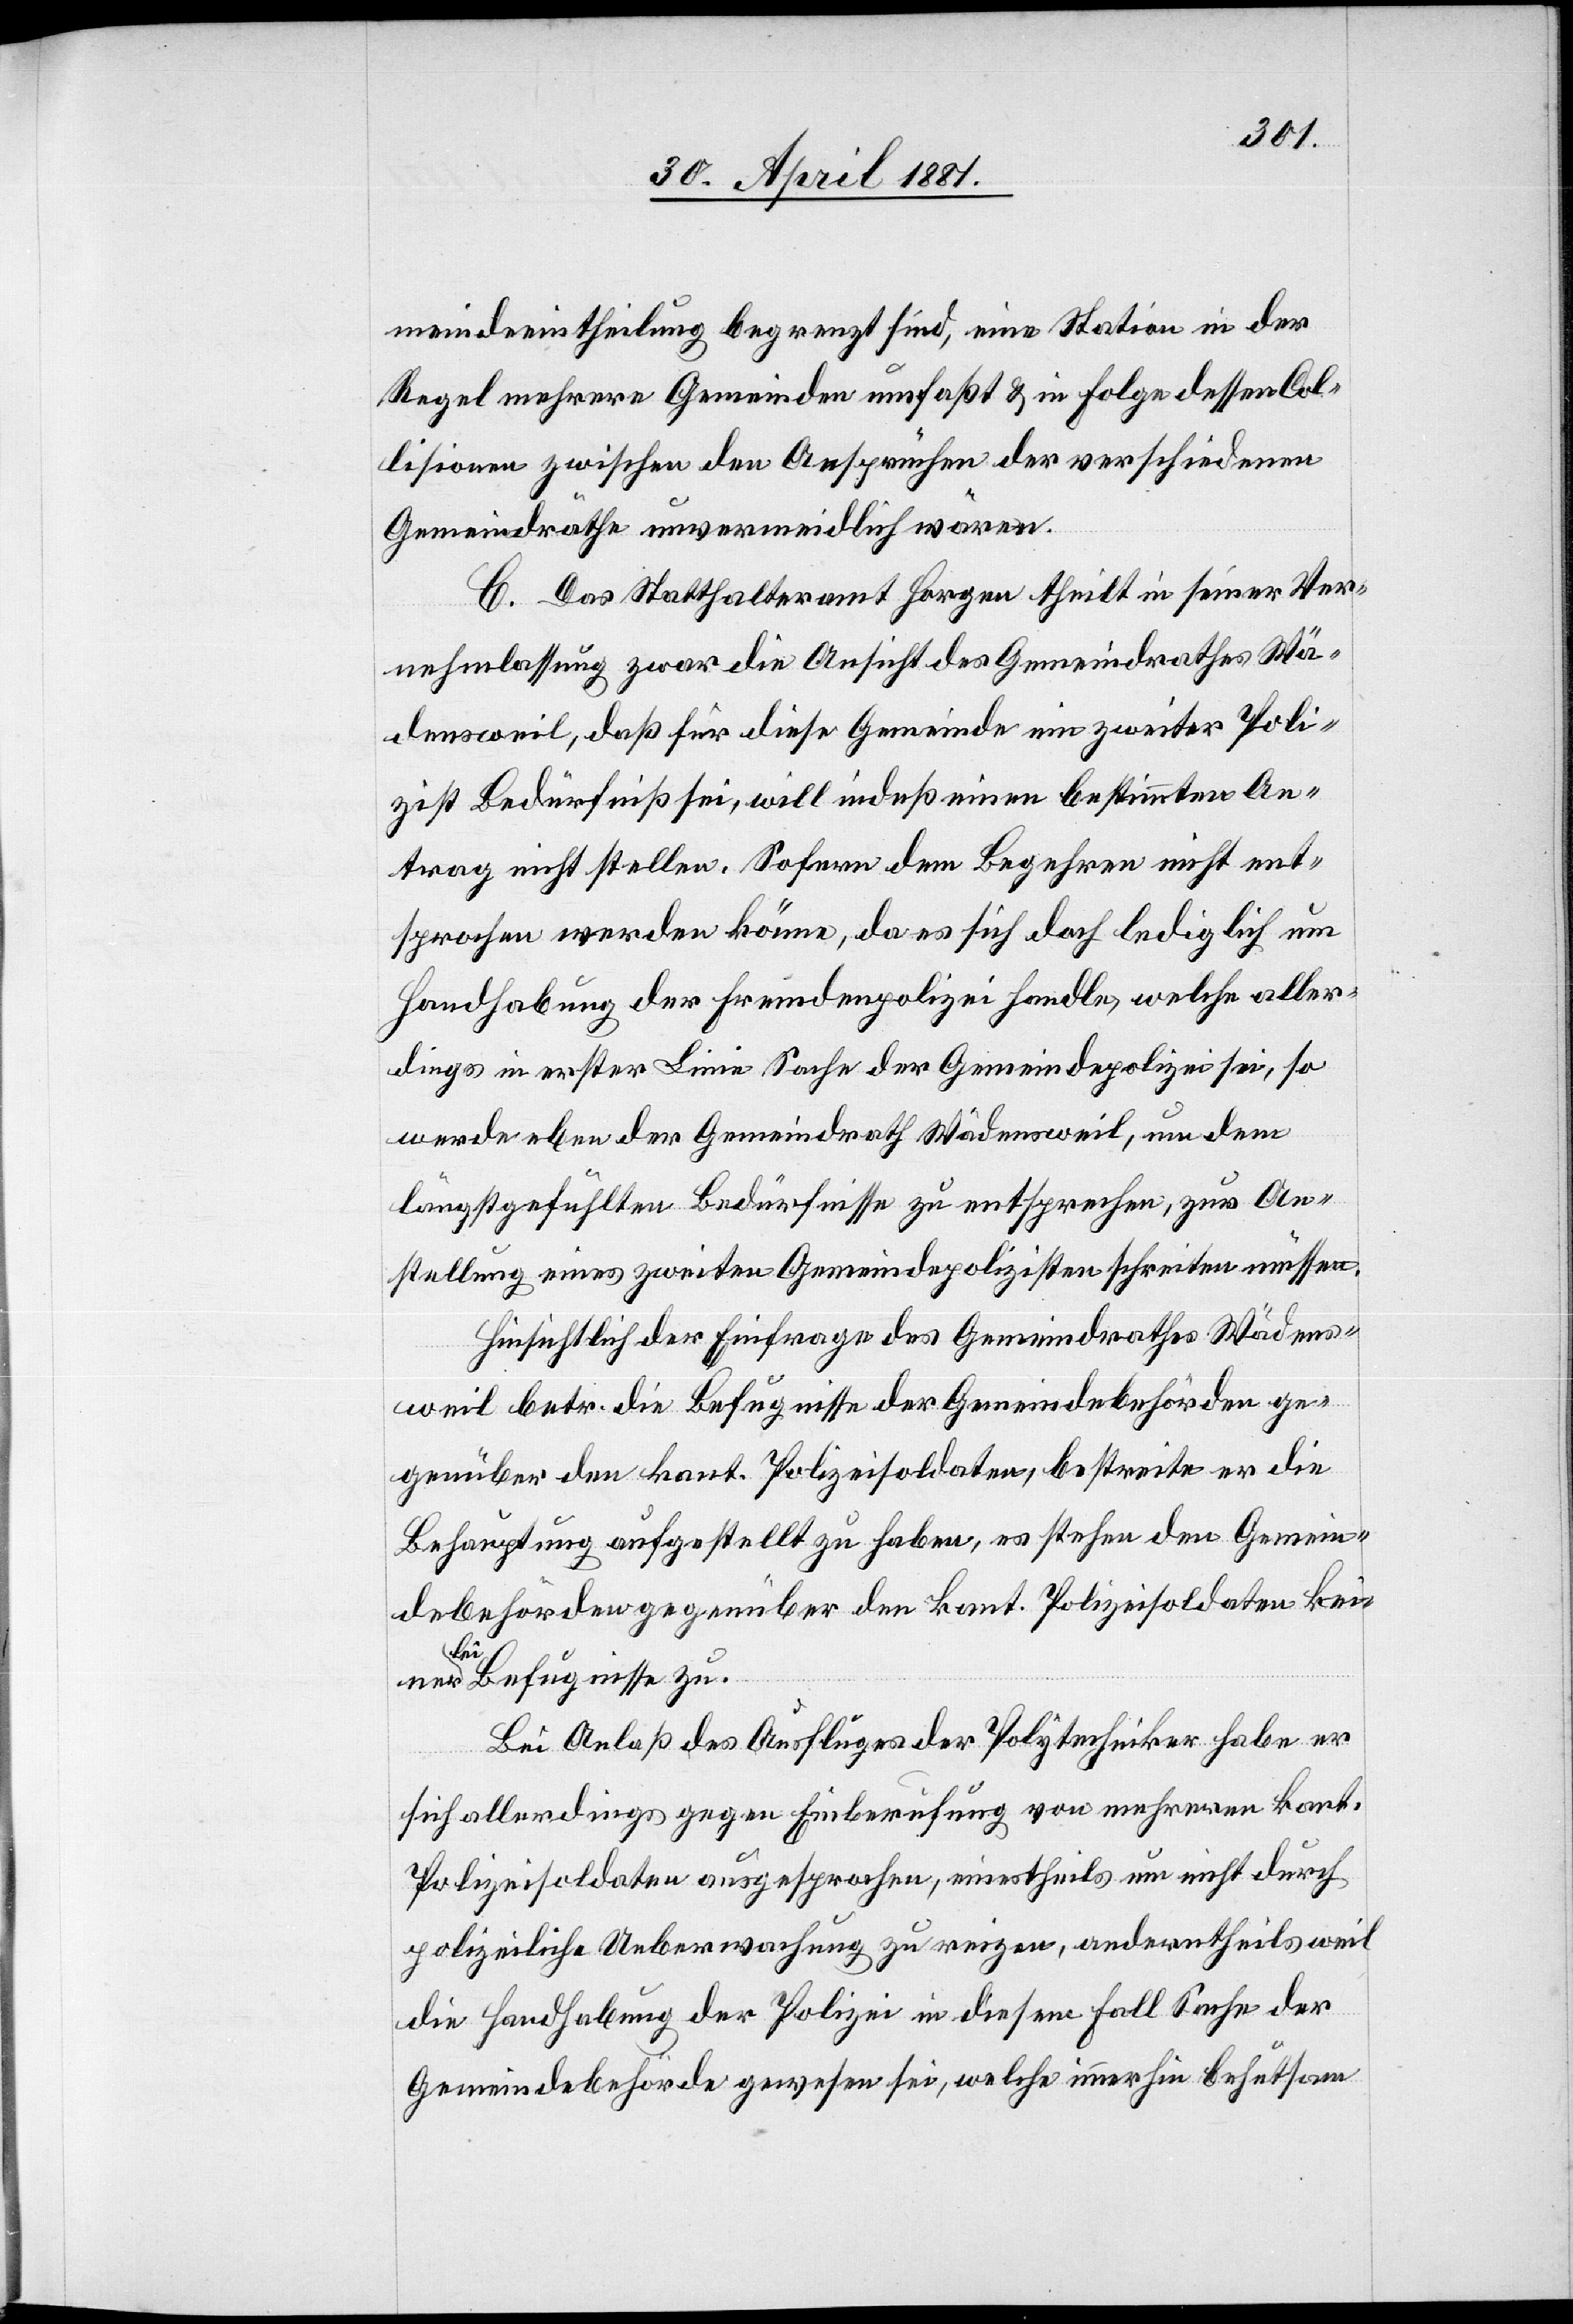
meindeeintheilung begrenzt sind, eine Station in der
Regel mehrere Gemeinden umfaßt & in Folge dessen Col¬
lisionen zwischen den Ansprüchen der verschiedenen
Gemeindräthe unvermeidlich wären.
C. Das Statthalteramt Horgen theilt in seiner Ver¬
nehmlassung zwar die Ansicht des Gemeindrathes Wä¬
densweil, daß für diese Gemeinde ein zweiter Poli¬
zist Bedürfniß sei, will indeß einen bestimmten An¬
trag nicht stellen. Sofern dem Begehren nicht ent¬
sprochen werden könne, da es sich doch lediglich um
Handhabung der Fremdenpolizei handle, welche aller¬
dings in erster Linie Sache der Gemeindepolizei sei, so
werde eben der Gemeindrath Wädensweil, um dem
längst gefühlten Bedürfnisse zu entsprechen, zur An¬
stellung eines zweiten Gemeindepolizisten schreiten müssen.
Hinsichtlich der Einfrage des Gemeindrathes Wädens¬
weil betr. die Befugnisse der Gemeindebehörden ge¬
genüber dem kant. Polizeisoldaten, bestreite er die
Behauptung angestellt zu haben, es stehe den Gemein¬
debehörden gegenüber den kant. Polizeisoldaten kei¬
nerlei Befugnisse zu.
Bei Anlaß des Ausfluges der Polytechniker habe er
sich allerdings gegen Einberufung von mehreren kant.
Polizeisoldaten ausgesprochen, einestheils um nicht durch
polizeiliche Ueberwachung zu reizen, andertheils weil
die Handhabung der Polizei in diesem Fall Sache der
Gemeindebehörde gewesen sei, welche immerhin behutsam